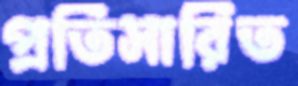
প্রতিসারিত